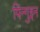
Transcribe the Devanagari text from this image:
पिन्गुइन